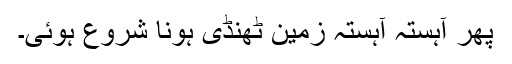
پھر آہستہ آہستہ زمین ٹھنڈی ہونا شروع ہوئی۔